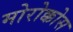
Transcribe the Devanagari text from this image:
मोरोक्कोस